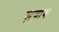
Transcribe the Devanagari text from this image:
ज़बाब